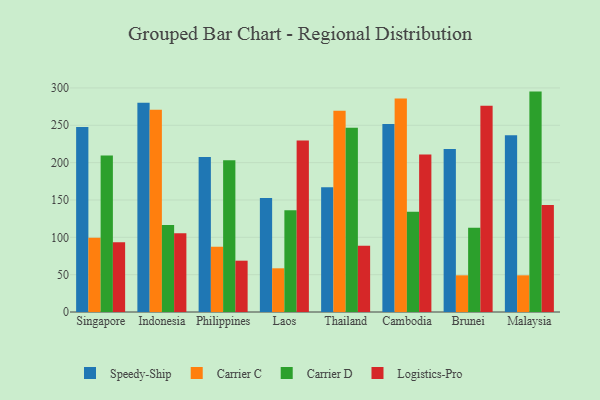
{"axis": {"x": "Country", "y": "Operating Costs (USD K)"}, "legend": ["Carrier C", "Carrier D", "Logistics-Pro", "Speedy-Ship"], "data": [{"x": "Singapore", "y": 247.6, "type": "Speedy-Ship"}, {"x": "Singapore", "y": 99.3, "type": "Carrier C"}, {"x": "Singapore", "y": 209.6, "type": "Carrier D"}, {"x": "Singapore", "y": 93.4, "type": "Logistics-Pro"}, {"x": "Indonesia", "y": 280.3, "type": "Speedy-Ship"}, {"x": "Indonesia", "y": 270.7, "type": "Carrier C"}, {"x": "Indonesia", "y": 116.6, "type": "Carrier D"}, {"x": "Indonesia", "y": 105.3, "type": "Logistics-Pro"}, {"x": "Philippines", "y": 207.4, "type": "Speedy-Ship"}, {"x": "Philippines", "y": 87.3, "type": "Carrier C"}, {"x": "Philippines", "y": 203.3, "type": "Carrier D"}, {"x": "Philippines", "y": 68.7, "type": "Logistics-Pro"}, {"x": "Laos", "y": 152.5, "type": "Speedy-Ship"}, {"x": "Laos", "y": 58.5, "type": "Carrier C"}, {"x": "Laos", "y": 136.3, "type": "Carrier D"}, {"x": "Laos", "y": 229.7, "type": "Logistics-Pro"}, {"x": "Thailand", "y": 167.1, "type": "Speedy-Ship"}, {"x": "Thailand", "y": 269.5, "type": "Carrier C"}, {"x": "Thailand", "y": 246.6, "type": "Carrier D"}, {"x": "Thailand", "y": 88.7, "type": "Logistics-Pro"}, {"x": "Cambodia", "y": 251.8, "type": "Speedy-Ship"}, {"x": "Cambodia", "y": 285.9, "type": "Carrier C"}, {"x": "Cambodia", "y": 134.2, "type": "Carrier D"}, {"x": "Cambodia", "y": 210.9, "type": "Logistics-Pro"}, {"x": "Brunei", "y": 218.4, "type": "Speedy-Ship"}, {"x": "Brunei", "y": 49.1, "type": "Carrier C"}, {"x": "Brunei", "y": 112.8, "type": "Carrier D"}, {"x": "Brunei", "y": 276.0, "type": "Logistics-Pro"}, {"x": "Malaysia", "y": 236.6, "type": "Speedy-Ship"}, {"x": "Malaysia", "y": 49.1, "type": "Carrier C"}, {"x": "Malaysia", "y": 295.1, "type": "Carrier D"}, {"x": "Malaysia", "y": 143.1, "type": "Logistics-Pro"}]}